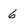
Character: 6